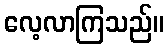
လေ့လာကြသည်။